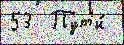
53  Пут'и́